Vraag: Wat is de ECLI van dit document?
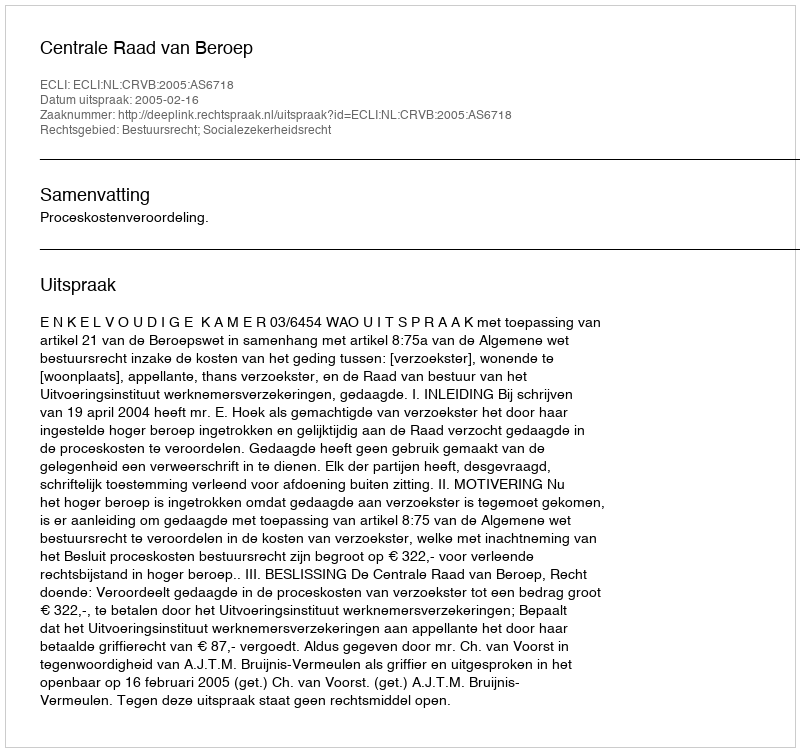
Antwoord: ECLI:NL:CRVB:2005:AS6718